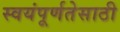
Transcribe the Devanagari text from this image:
स्वयंपूर्णतेसाठी